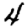
Digit: 4